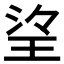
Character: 𱮼